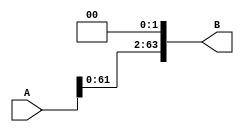
`timescale 1ns / 1ps
//////////////////////////////////////////////////////////////////////////////////
// Company: 
// Engineer: 
// 
// Design Name: 
// Module Name: ghhh
// Project Name: 
// Target Devices: 
// Tool Versions: 
// Description: 
// 
// Dependencies: 
// 
// Revision:
// Revision 0.01 - File Created
// Additional Comments:
// 
//////////////////////////////////////////////////////////////////////////////////


module ls(A,B); //left shift module
input [63:0]A;
output [63:0]B;
assign B = A<<2;
endmodule